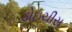
ડોઇચીસ